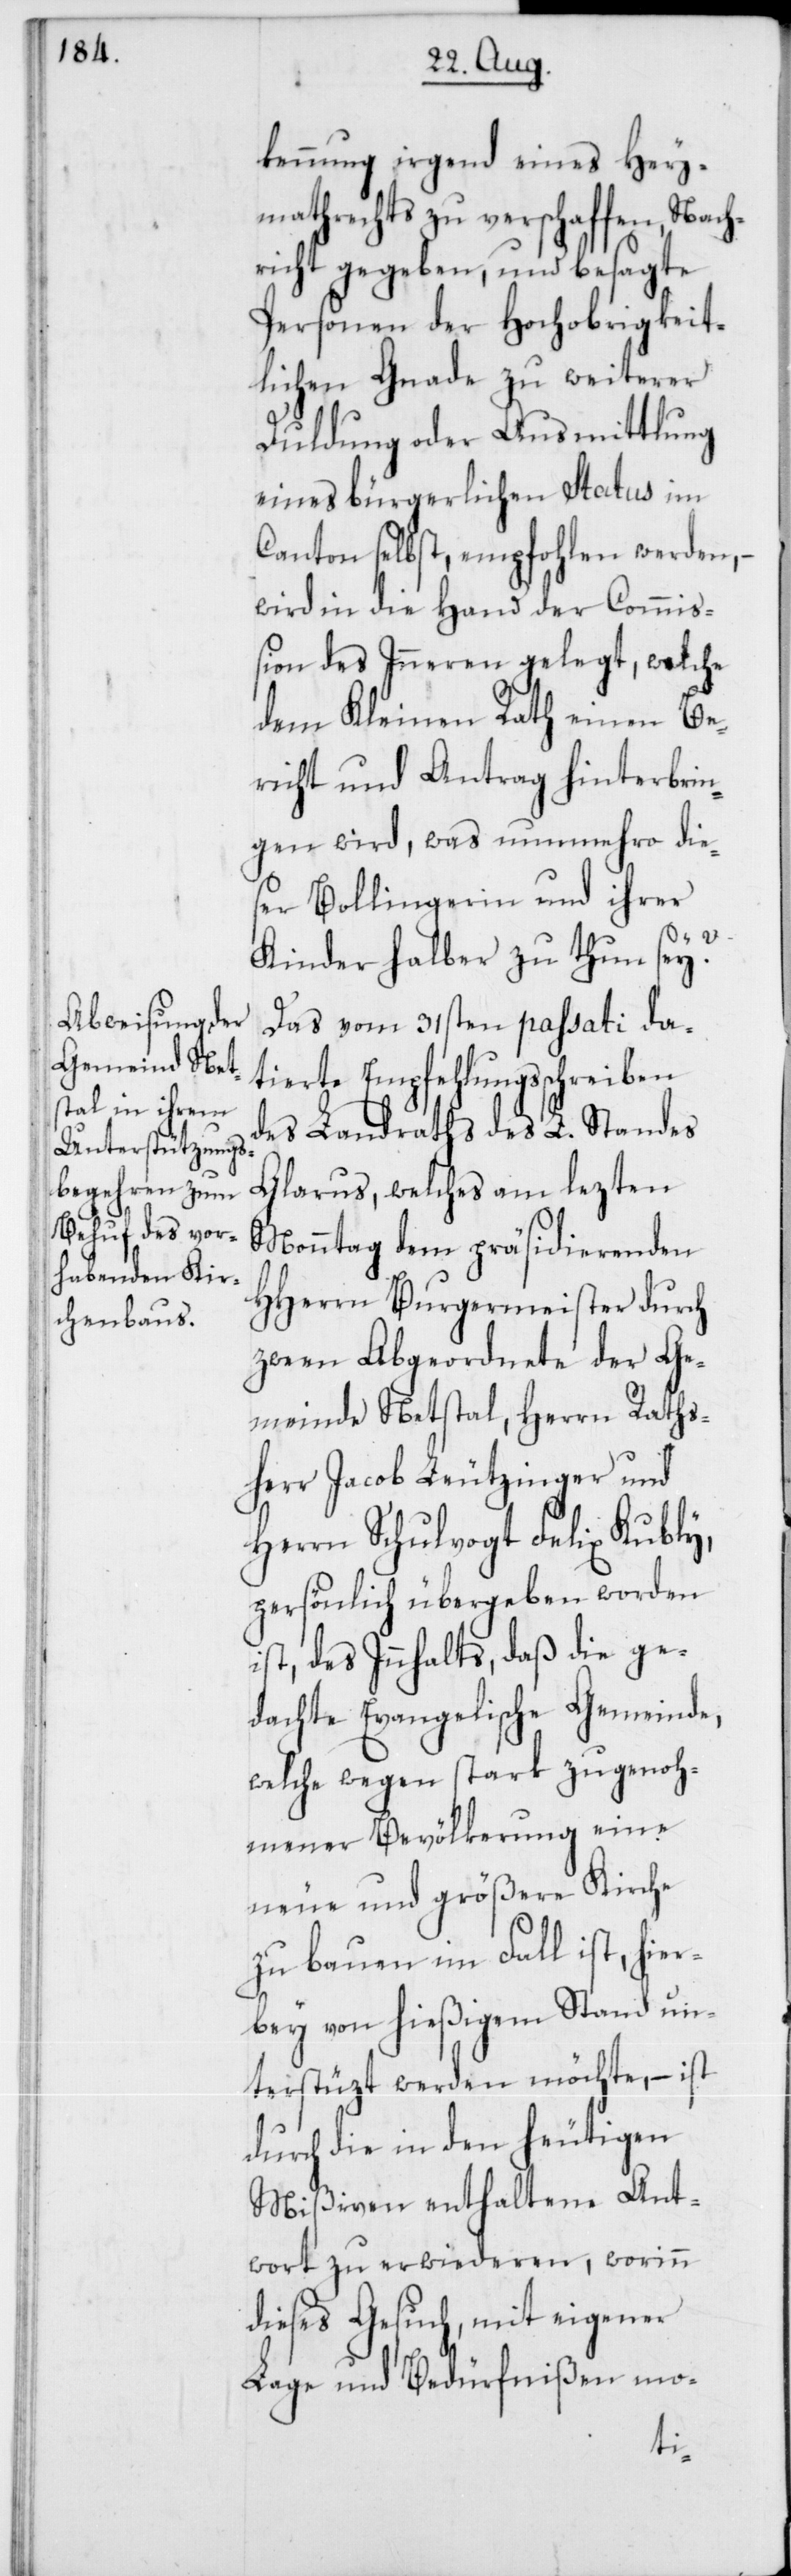
kennung irgend eines Hey¬
mathrechts zu verschaffen, Nach¬
richt gegeben, und besagte
Personen der Hochobrigkeit¬
lichen Gnade zu weiterer
Duldung oder Ausmittlung
eines bürgerlichen Status im
Canton selbst, empfohlen werden, –
wird in die Hand der Commiß¬
ion des Inneren gelegt, welche
dem Kleinen Rath einen Be¬
richt und Antrag hinterbrin¬
gen wird, was nunmehro die¬
ser Bollingerin und ihrer
Kinder halber zu thun sey?
Das vom 31sten passati da¬
tierte Empfehlungsschreiben
des Landraths des L. Standes
Glarus, welches am lezten
Montag dem präsidierenden
HHerrn Burgermeister durch
zween Abgeordnete der Ge¬
meinde Netstal, Herrn Rats¬
herr Jacob Leutzinger und
Herrn Schulvogt Felix Kubly,
persönlich übergeben worden
ist, des Inhalts, daß die ge¬
dachte Evangelische Gemeinde,
welche wegen stark zugenoh¬
mener Bevölkerung eine
neue und größere Kirche
zu bauen im Fall ist, hier¬
bey von hießigem Stand un¬
terstüzt werden möchte, – ist
durch die in den heutigen
Mißiven enthaltene Ant¬
wort zu erwideren, worinn
dieses Gesuch, mit eigener
Lage und Bedürfnißen mo-